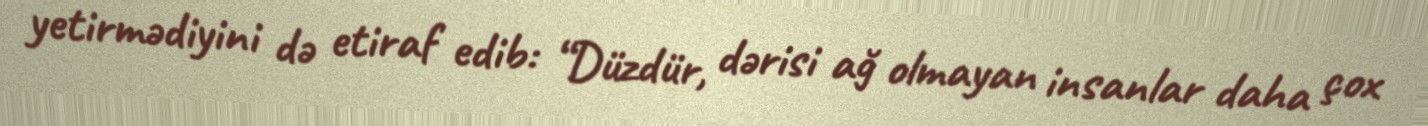
yetirmədiyini də etiraf edib: “Düzdür, dərisi ağ olmayan insanlar daha çox